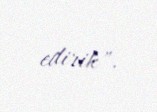
edirik".